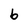
Character: b